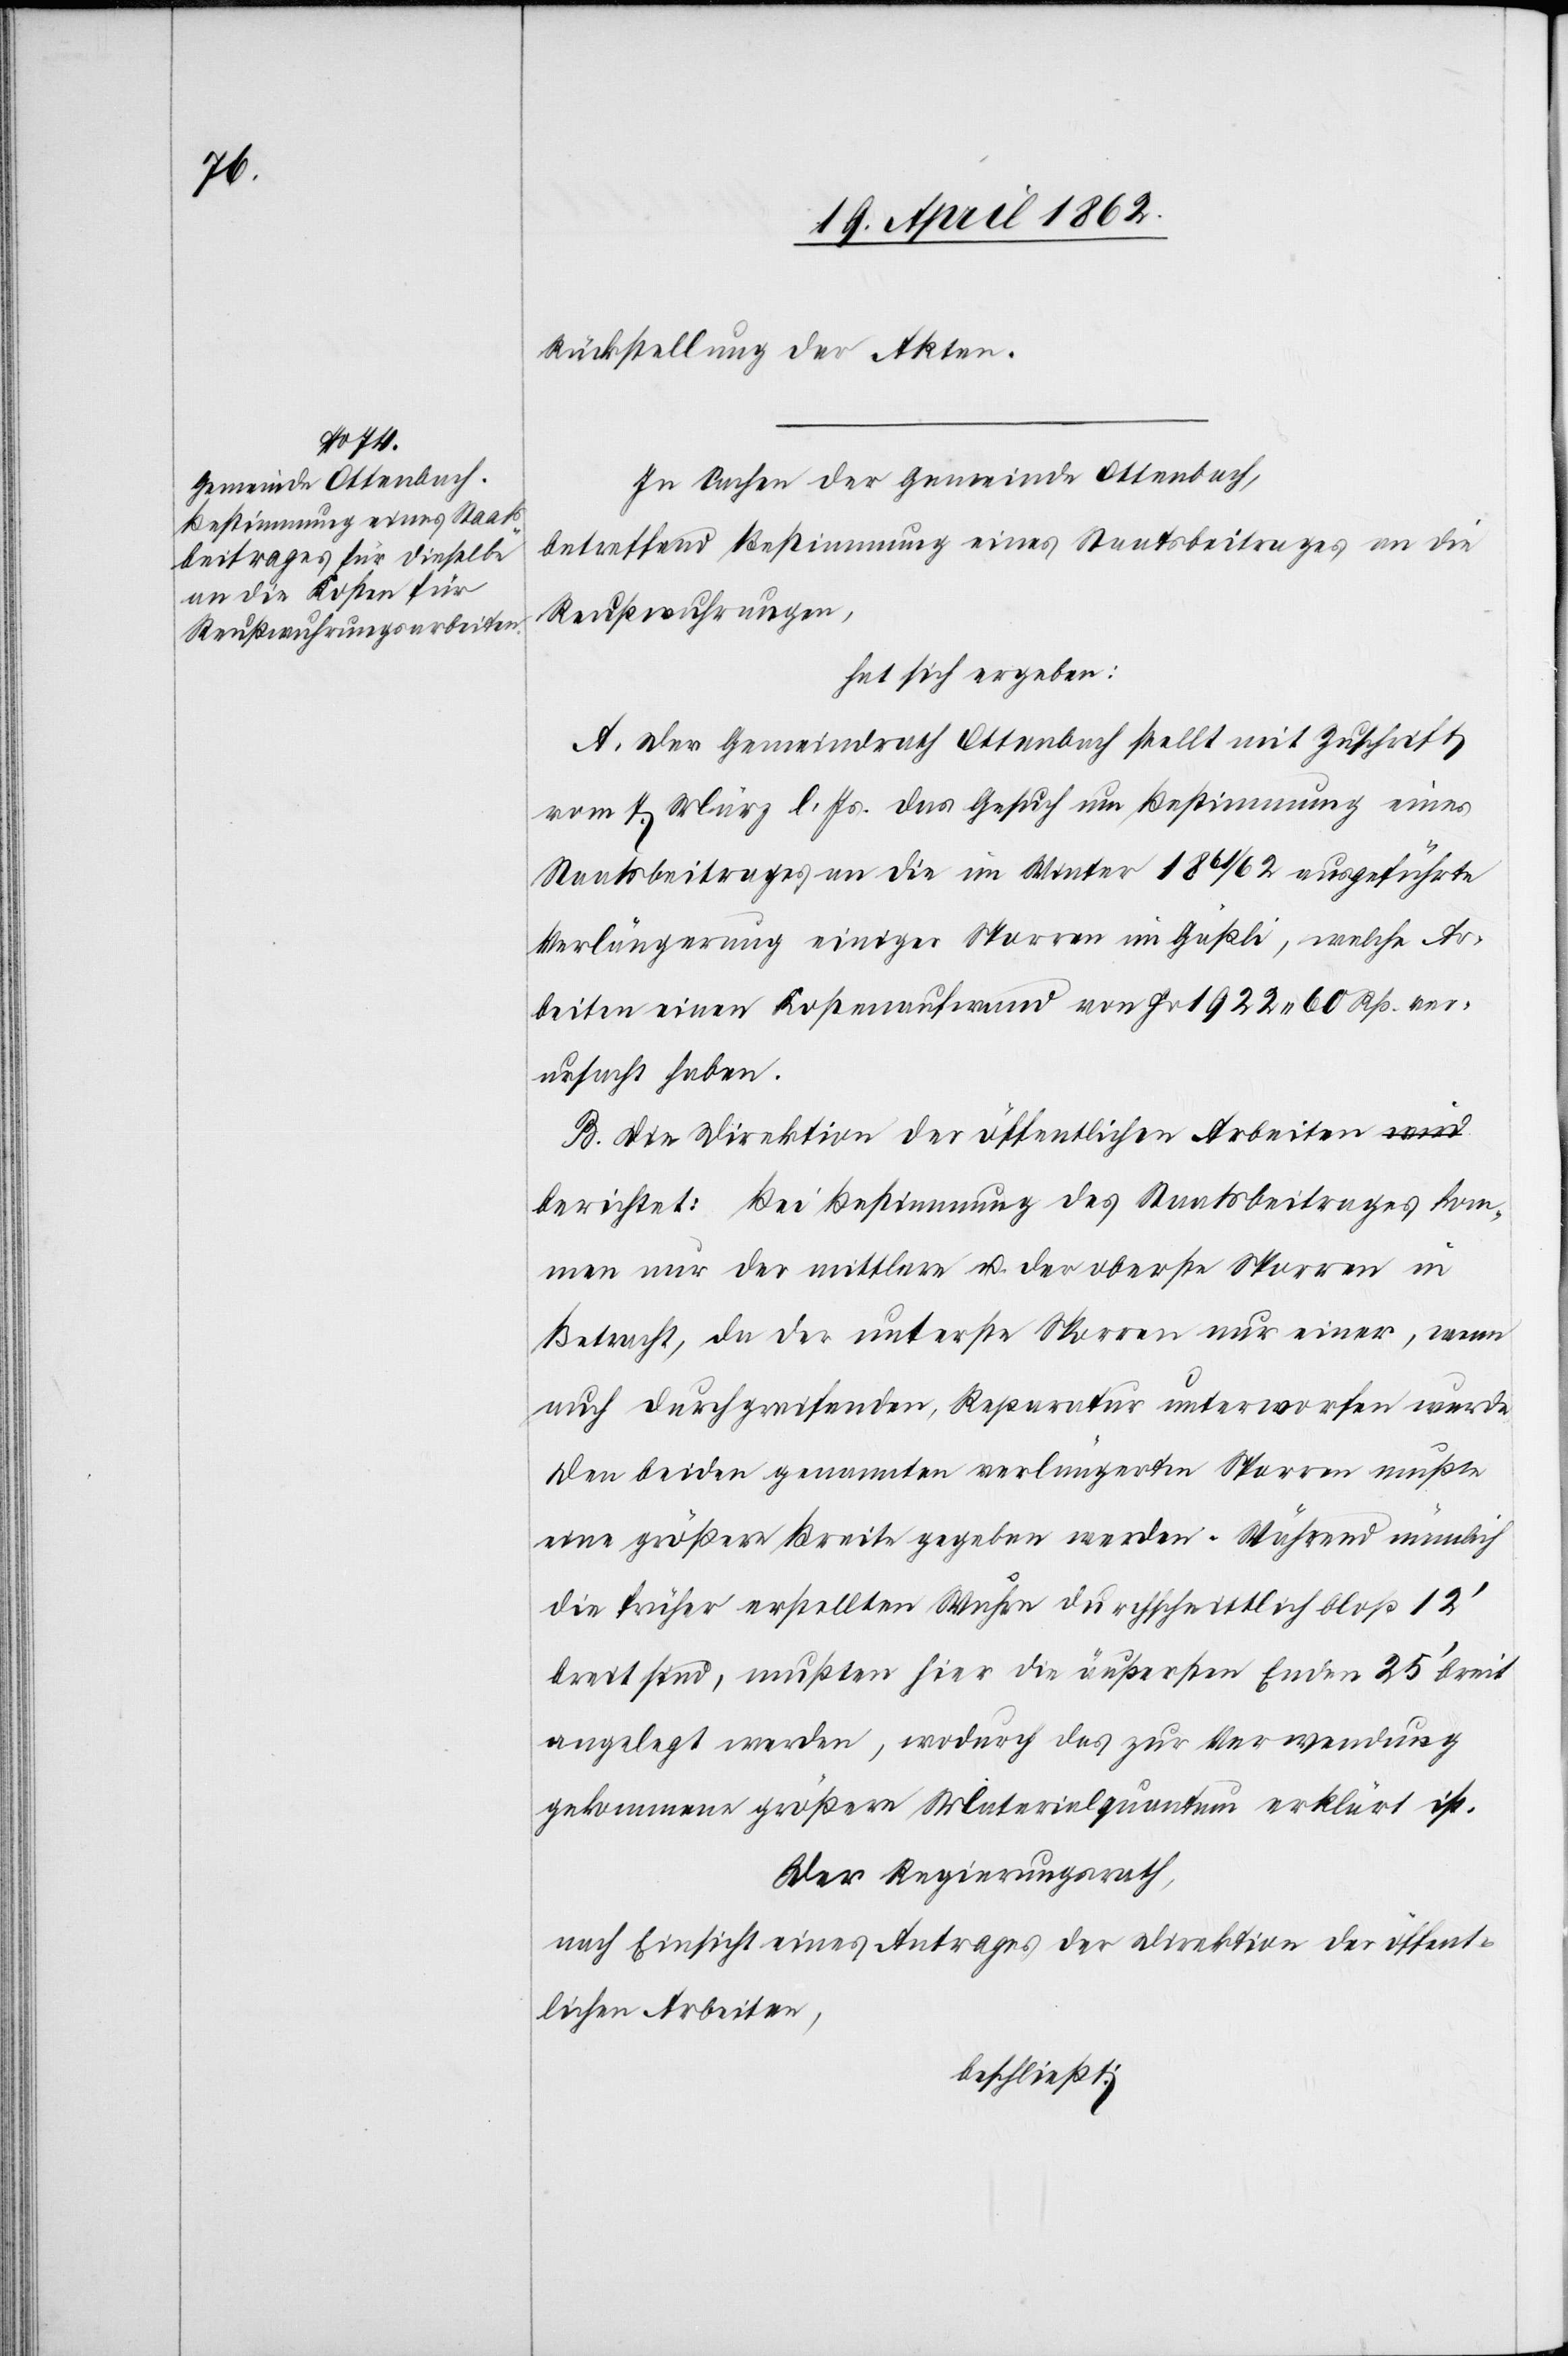
Rückstellung der Akten.
In Sachen der Gemeinde Ottenbach,
betreffend Bestimmung eines Staatsbeitrages an die
Reußwuhrungen,
hat sich ergeben:
A. Der Gemeindrath Ottenbach stellt mit Zuschrift
vom 7. März l. Js. das Gesuch um Bestimmung eines
Staatsbeitrags an die im Winter 1861/62 ausgeführte
Verlängerung einiger Sporren im Gäßli, welche Ar¬
beiten einen Kostenaufwand von Fr. 1922 60 Rp. ver¬
ursacht haben.
B. Die Direktion der öffentlichen Arbeiten
berichtet: Bei Bestimmung des Staatsbeitrages kom¬
men nur der mittlere u. der oberste Sporren in
Betracht, da der unterste Sporren nur einer, wenn
auch durchgreifenden Reparatur unterworfen werde.
Den beiden genannten verlängerten Sporren mußte
eine größere Breite gegeben werden. Während nämlich
die früher erstellten Wuhre durchschnittlich bloß 12’
breit sind, mußten hier die äußersten Enden 25’ breit
angelegt werden, wodurch das zur Verwendung
gekommene größere Materialquantum erklärt ist.
Der Regierungsrath,
nach Einsicht eines Antrags der Direktion der öffent¬
lichen Arbeiten,
beschließt: